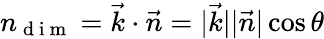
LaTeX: n_{\mathrm{~d~i~m~}}=\vec{k}\cdot\vec{n}=\vert\vec{k}\vert\vert\vec{n}\vert\cos\theta